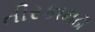
તીરકામઢા